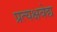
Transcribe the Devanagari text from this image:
प्रत्यक्षवेद्य